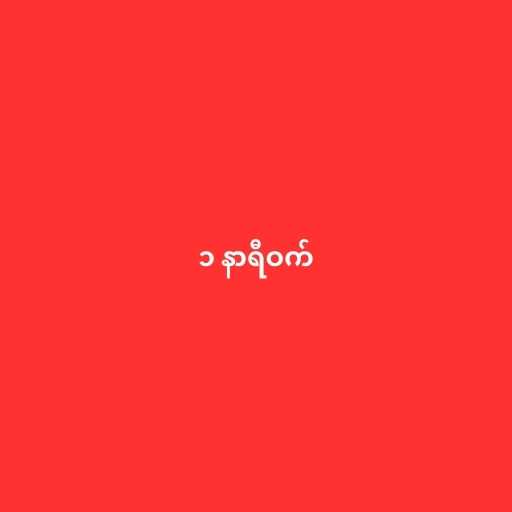
၁ နာရီဝက်